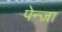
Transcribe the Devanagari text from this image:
पेन्ज़ा